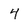
Character: 4